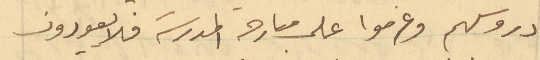
دروسهم وعزموا على مبارحة المدرسة فلا يعودون